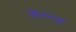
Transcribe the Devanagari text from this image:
लेनाफ़